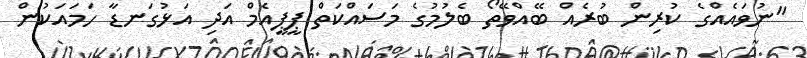
"ނުވައެއްގެ ކުރިން ބުރެއް ބޭއްވޭތޯ ބެލުމުގެ މަސައްކަތް ޕީޕީއެމް އަދި އަޅުގަނޑާ ހަމައަކުން